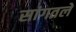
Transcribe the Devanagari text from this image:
सांगतले